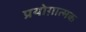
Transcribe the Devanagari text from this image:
प्रयोग़ात्मक